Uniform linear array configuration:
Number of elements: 16
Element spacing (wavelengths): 0.75
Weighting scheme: kaiser
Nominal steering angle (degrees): -15
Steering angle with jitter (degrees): -14.718
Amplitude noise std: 0.05
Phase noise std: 0.05

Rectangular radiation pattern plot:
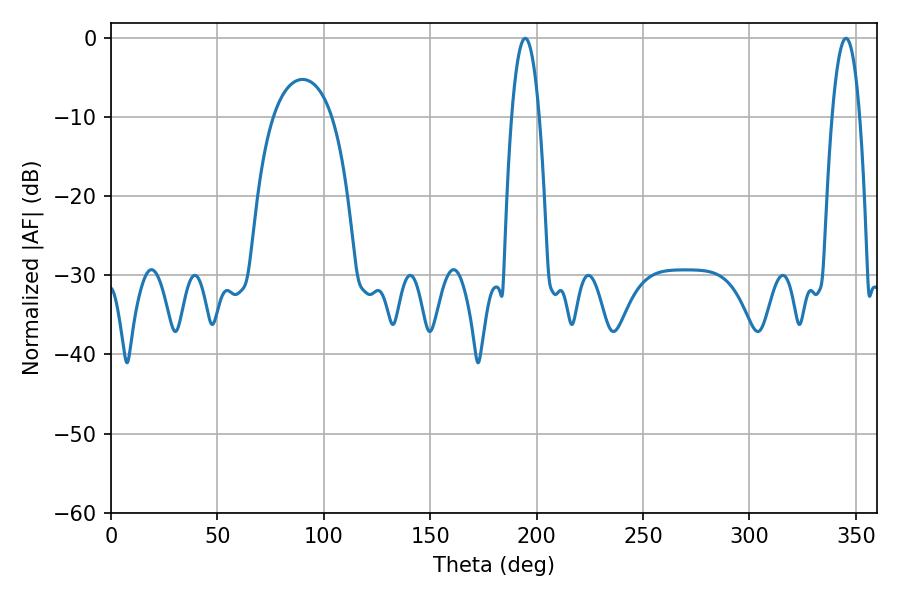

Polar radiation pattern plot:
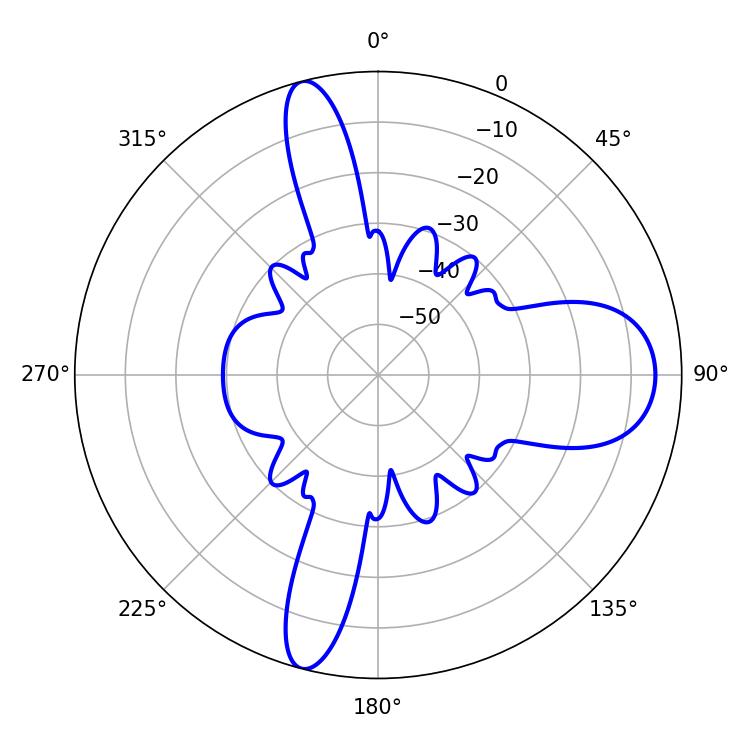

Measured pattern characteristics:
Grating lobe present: TRUE
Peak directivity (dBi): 15.989
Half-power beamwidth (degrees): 7.02
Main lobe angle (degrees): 345.42